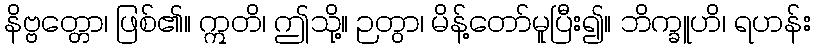
နိဗ္ဗတ္တော၊ ဖြစ်၏။ ဣတိ၊ ဤသို့။ ဉတွာ၊ မိန့်တော်မူပြီး၍။ ဘိက္ခူဟိ၊ ရဟန်း